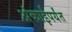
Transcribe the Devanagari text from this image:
अंकाईपर्यंत